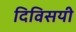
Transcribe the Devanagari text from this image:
दिविसयी